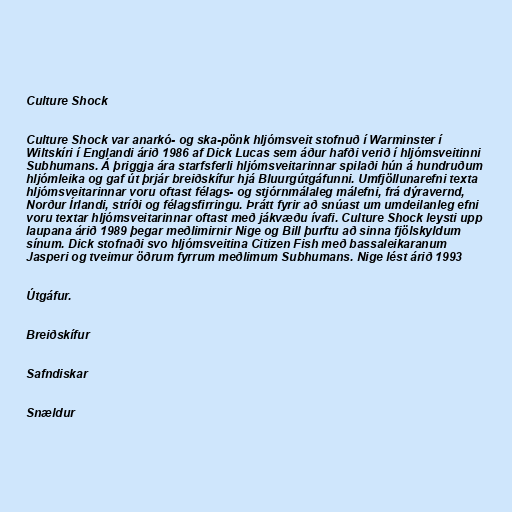
Culture Shock

Culture Shock var anarkó- og ska-pönk hljómsveit stofnuð í Warminster í
Wiltskíri í Englandi árið 1986 af Dick Lucas sem áður hafði verið í hljómsveitinni
Subhumans. Á þriggja ára starfsferli hljómsveitarinnar spilaði hún á hundruðum
hljómleika og gaf út þrjár breiðskífur hjá Bluurgútgáfunni. Umfjöllunarefni texta
hljómsveitarinnar voru oftast félags- og stjórnmálaleg málefni, frá dýravernd,
Norður Írlandi, stríði og félagsfirringu. Þrátt fyrir að snúast um umdeilanleg efni
voru textar hljómsveitarinnar oftast með jákvæðu ívafi. Culture Shock leysti upp
laupana árið 1989 þegar meðlimirnir Nige og Bill þurftu að sinna fjölskyldum
sínum. Dick stofnaði svo hljómsveitina Citizen Fish með bassaleikaranum
Jasperi og tveimur öðrum fyrrum meðlimum Subhumans. Nige lést árið 1993

Útgáfur.

Breiðskífur

Safndiskar

Snældur